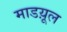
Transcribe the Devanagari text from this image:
माडय़ूल